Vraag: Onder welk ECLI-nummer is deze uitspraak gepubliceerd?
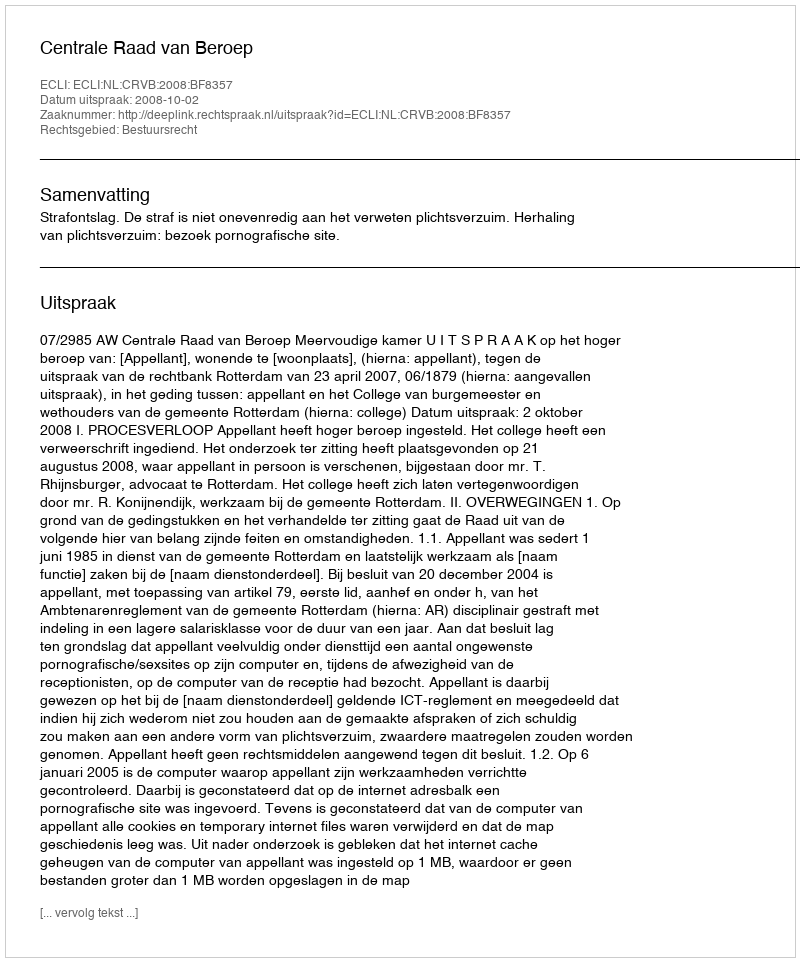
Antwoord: ECLI:NL:CRVB:2008:BF8357